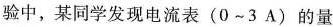
验中，某同学发现电流表 (0~3A) 的量